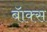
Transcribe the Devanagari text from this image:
बॅाक्स